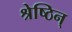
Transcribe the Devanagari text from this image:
श्रेष्ठिन्